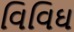
વિવિઘ